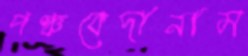
পঞ্চবেদানাম